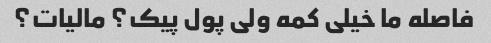
فاصله ما خیلی کمه ولی پول پیک؟ مالیات؟